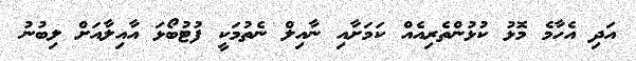
އަދި އެހާމެ މޮޅު ކުޅުންތެރިއެއް ކަމަށާއި ނާއިލް ނެތުމަކީ ފުޓުބޯޅަ އާއިލާއަށް ލިބުނު